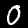
Label: 0